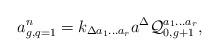
LaTeX: \begin{align*}a^n_{g,q=1}=k_{\Delta a_1\ldots a_r}a^\Delta{\cal Q}^{a_1\ldots a_r}_{0,g+1},\end{align*}